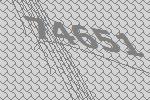
74651